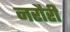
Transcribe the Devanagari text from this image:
नरौरी